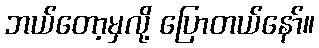
ဘယ်တော့မှလို့ ပြောတယ်နော်။